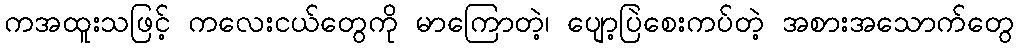
ကအထူးသဖြင့် ကလေးငယ်တွေကို မာကြောတဲ့၊ ပျော့ပြဲစေးကပ်တဲ့ အစားအသောက်တွေ